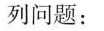
列问题：